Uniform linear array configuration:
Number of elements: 16
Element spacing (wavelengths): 0.25
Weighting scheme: cosine
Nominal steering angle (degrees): -15
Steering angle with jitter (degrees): -14.891
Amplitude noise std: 0.05
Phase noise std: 0.05

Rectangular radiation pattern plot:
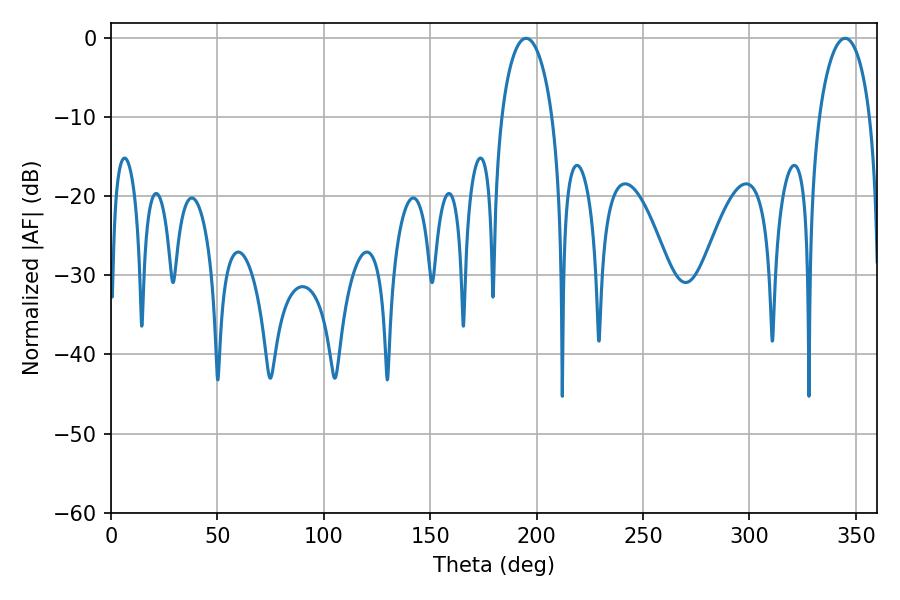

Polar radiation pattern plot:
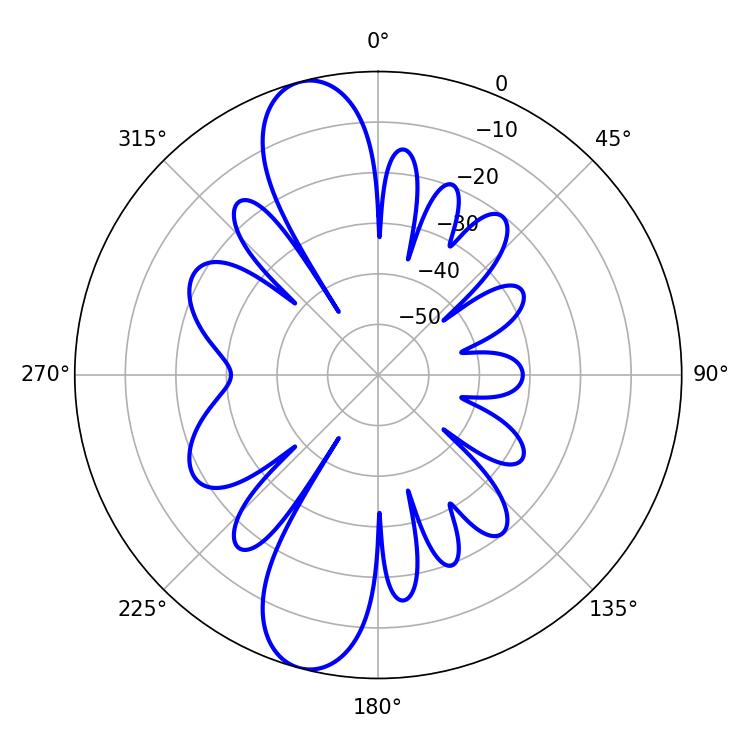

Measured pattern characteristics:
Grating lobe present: FALSE
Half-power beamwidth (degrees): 13.68
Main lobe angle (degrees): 344.88